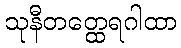
သုနီတတ္ထေရဂါထာ